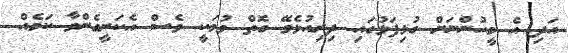
އަދި އެ މީހުންނަށް ގުޅިފަޅުގައި ދިރިއުޅެވޭ ގޮތް ވުމަކީ ވެސް އެކަށީގެންވާ ކަމެއް